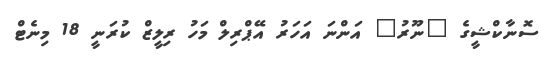
ސޮނާކްޝީގެ "ނޫރު" އަންނަ އަހަރު އޭޕްރިލް މަހު ރިލީޒް ކުރަނީ 18 މިނެޓް